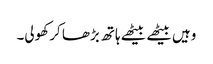
وہیں بیٹھے بیٹھے ہاتھ بڑھا کر کھولی۔